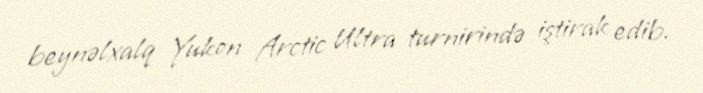
beynəlxalq Yukon Arctic Ultra turnirində iştirak edib.